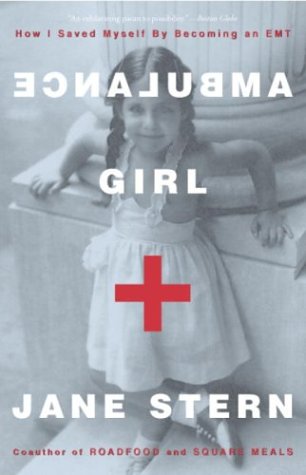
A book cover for Ambulance Girl: How I Saved Myself By Becoming an EMT; Jane Stern; Biographies & Memoirs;